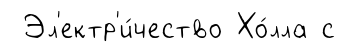
Эл'ектр'и́чество Хо́лла с